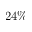
2 4 \%